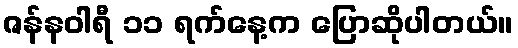
ဇန်နဝါရီ ၁၁ ရက်နေ့က ပြောဆိုပါတယ်။